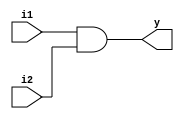
`timescale 1ns / 1ps
//////////////////////////////////////////////////////////////////////////////////
// Company: 
// Engineer: 
// 
// Design Name: 
// Module Name:    ANDgate 
// Project Name: 
// Target Devices: 
// Tool versions: 
// Description: 
//
// Dependencies: 
//
// Revision: 
// Revision 0.01 - File Created
// Additional Comments: 
//
//////////////////////////////////////////////////////////////////////////////////
module ANDgate(
    input i1,
    input i2,
    output y
    );

assign y=i1 & i2;
endmodule